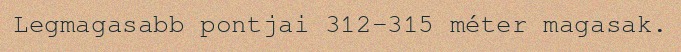
Legmagasabb pontjai 312–315 méter magasak.